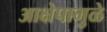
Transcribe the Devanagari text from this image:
आक्षेपामुळे